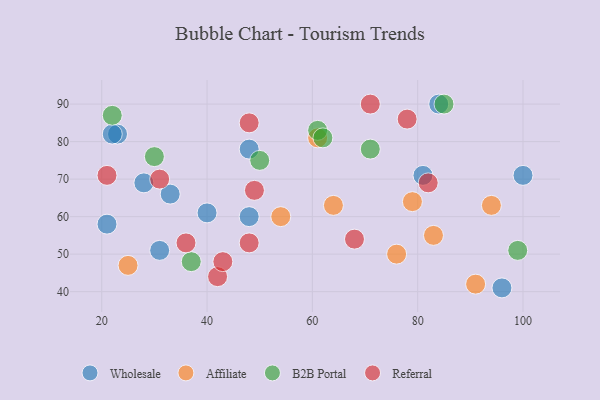
{"axis": {"x": "GDP", "y": "Life Expectancy"}, "legend": ["Affiliate", "B2B Portal", "Referral", "Wholesale"], "data": [{"x": "33", "y": 66, "type": "Wholesale"}, {"x": "48", "y": 78, "type": "Wholesale"}, {"x": "84", "y": 90, "type": "Wholesale"}, {"x": "48", "y": 60, "type": "Wholesale"}, {"x": "21", "y": 58, "type": "Wholesale"}, {"x": "40", "y": 61, "type": "Wholesale"}, {"x": "31", "y": 51, "type": "Wholesale"}, {"x": "96", "y": 41, "type": "Wholesale"}, {"x": "81", "y": 71, "type": "Wholesale"}, {"x": "28", "y": 69, "type": "Wholesale"}, {"x": "23", "y": 82, "type": "Wholesale"}, {"x": "22", "y": 82, "type": "Wholesale"}, {"x": "100", "y": 71, "type": "Wholesale"}, {"x": "79", "y": 64, "type": "Affiliate"}, {"x": "54", "y": 60, "type": "Affiliate"}, {"x": "61", "y": 81, "type": "Affiliate"}, {"x": "94", "y": 63, "type": "Affiliate"}, {"x": "64", "y": 63, "type": "Affiliate"}, {"x": "25", "y": 47, "type": "Affiliate"}, {"x": "76", "y": 50, "type": "Affiliate"}, {"x": "83", "y": 55, "type": "Affiliate"}, {"x": "91", "y": 42, "type": "Affiliate"}, {"x": "99", "y": 51, "type": "B2B Portal"}, {"x": "50", "y": 75, "type": "B2B Portal"}, {"x": "22", "y": 87, "type": "B2B Portal"}, {"x": "61", "y": 83, "type": "B2B Portal"}, {"x": "37", "y": 48, "type": "B2B Portal"}, {"x": "62", "y": 81, "type": "B2B Portal"}, {"x": "85", "y": 90, "type": "B2B Portal"}, {"x": "71", "y": 78, "type": "B2B Portal"}, {"x": "30", "y": 76, "type": "B2B Portal"}, {"x": "48", "y": 85, "type": "Referral"}, {"x": "68", "y": 54, "type": "Referral"}, {"x": "42", "y": 44, "type": "Referral"}, {"x": "49", "y": 67, "type": "Referral"}, {"x": "21", "y": 71, "type": "Referral"}, {"x": "71", "y": 90, "type": "Referral"}, {"x": "31", "y": 70, "type": "Referral"}, {"x": "43", "y": 48, "type": "Referral"}, {"x": "48", "y": 53, "type": "Referral"}, {"x": "82", "y": 69, "type": "Referral"}, {"x": "36", "y": 53, "type": "Referral"}, {"x": "78", "y": 86, "type": "Referral"}]}